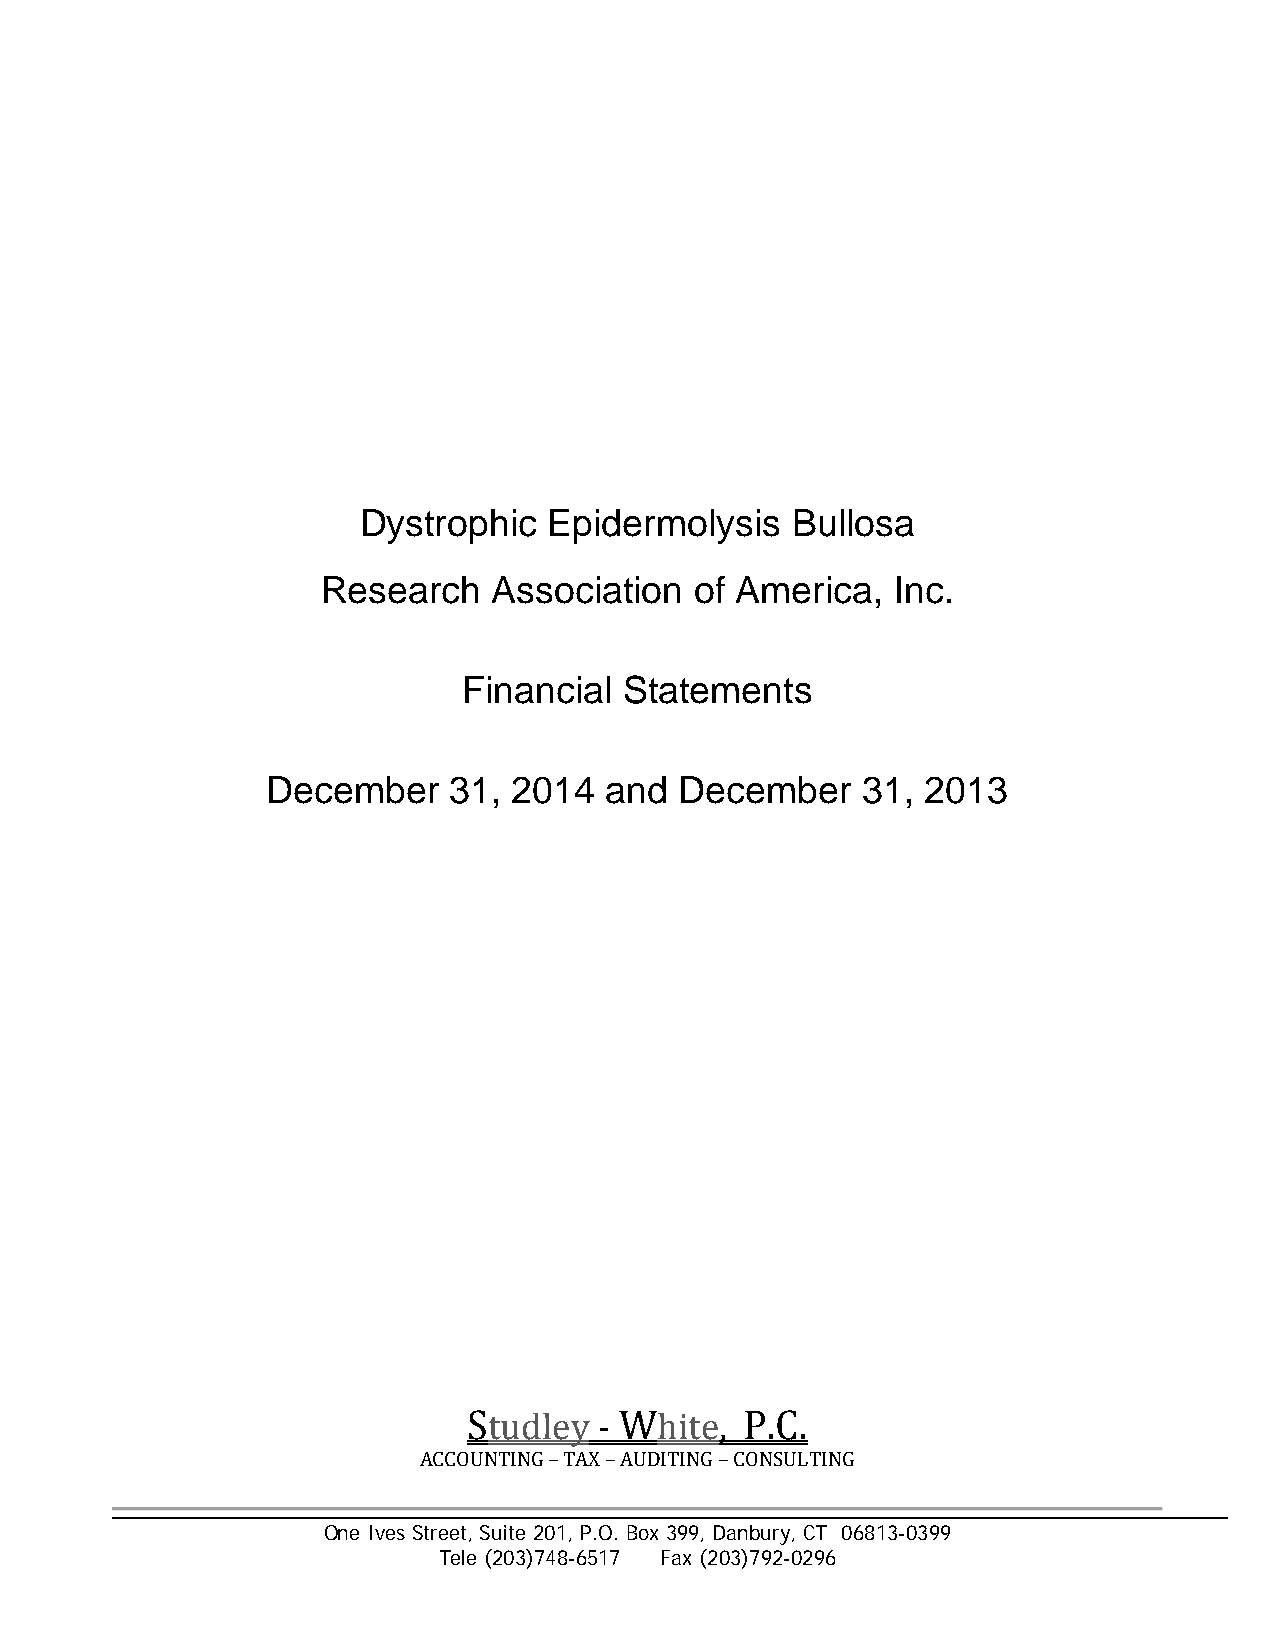
Dystrophic  Epidermolysis   Bullosa
 Research    Association  of America,  Inc.
 Financial Statements
 December    31, 2014  and  December    31, 2013
 Studley  ‐ White, P.C.
 ACCOUNTING – TAX – AUDITING – CONSULTING
 One Ives Street, Suite 201, P.O. Box 399, Danbury, CT 06813-0399
 Tele (203)748-6517 Fax (203)792-0296